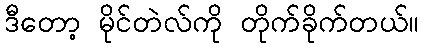
ဒီတော့ မိုင်တဲလ်ကို တိုက်ခိုက်တယ်။